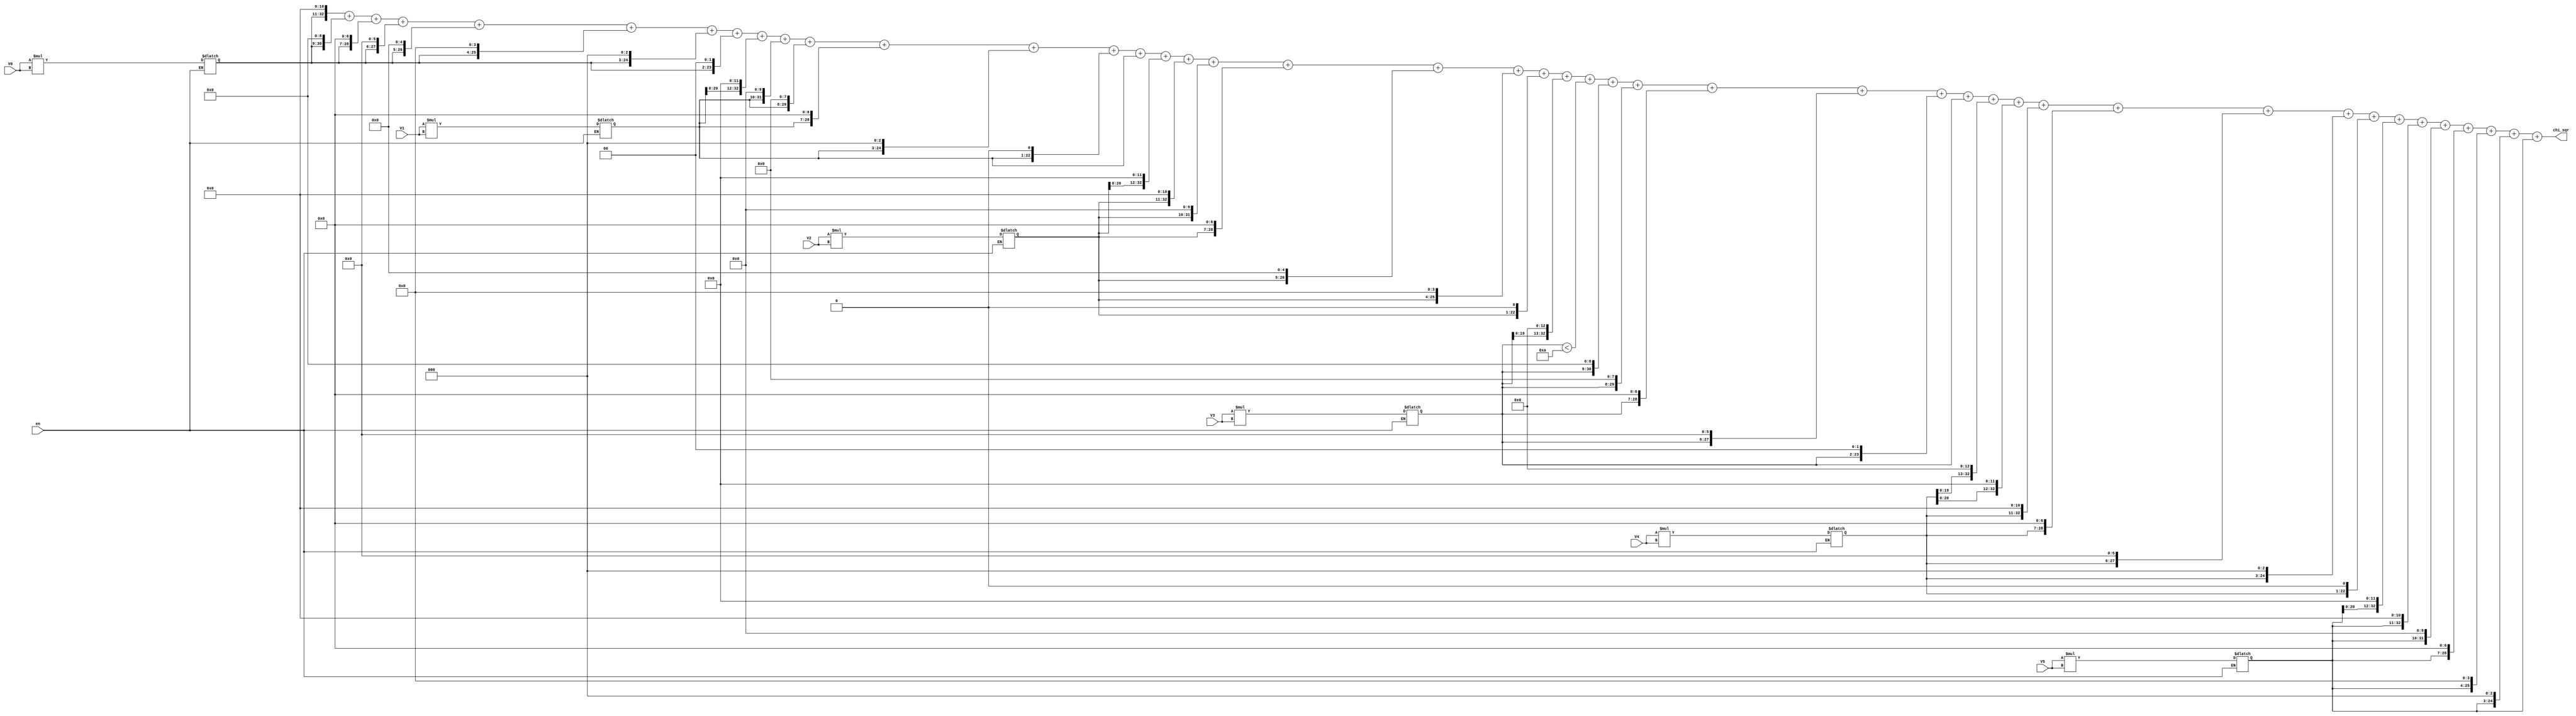
module calculate_chi_sqr_8 #(parameter K = 5)(
	input wire [10:0] V0, V1, V2, V3, V4, V5,
	input wire en,
	output wire [32:0] chi_sqr
	);
reg [21:0] V_sqr [0:K];
assign chi_sqr =	  (V_sqr[0]<<11) + (V_sqr[0]<<9) + (V_sqr[0]<<7) + (V_sqr[0]<<6) + (V_sqr[0]<<5) + (V_sqr[0]<<4) + (V_sqr[0]<<3) + (V_sqr[0]<<2) 
						+ (V_sqr[1]<<12) + (V_sqr[1]<<10) + (V_sqr[1]<<8) + (V_sqr[1]<<7) + (V_sqr[1]<<3) + (V_sqr[1]<<1) + (V_sqr[1]<<0)
						+ (V_sqr[2]<<12) + (V_sqr[2]<<11) + (V_sqr[2]<<10) + (V_sqr[2]<<7) + (V_sqr[2]<<5) + (V_sqr[2]<<4)  + (V_sqr[2]<<1) 
						+ (V_sqr[3]<<13) + (V_sqr[3]<10) + (V_sqr[3]<<9) + (V_sqr[3]<<8) + (V_sqr[3]<<7) + (V_sqr[3]<<6) + (V_sqr[3]<<2) + (V_sqr[3]<<0)
						+ (V_sqr[4]<<13) + (V_sqr[4]<<12) + (V_sqr[4]<<11) + (V_sqr[4]<<7) + (V_sqr[4]<<6) + (V_sqr[4]<<3) + (V_sqr[4]<<1) 
						+ (V_sqr[5]<<12) + (V_sqr[5]<<11) + (V_sqr[5]<<10) + (V_sqr[5]<<7) + (V_sqr[5]<<4) + (V_sqr[5]<<3) + (V_sqr[5]<<0) ;
always @(*)
	if (en) begin
		V_sqr[0] <= V0 * V0;
		V_sqr[1] <= V1 * V1;
		V_sqr[2] <= V2 * V2;
		V_sqr[3] <= V3 * V3;
		V_sqr[4] <= V4 * V4;
		V_sqr[5] <= V5 * V5;
	end		
endmodule